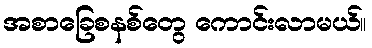
အစာခြေစနစ်တွေ ကောင်းလာမယ်။